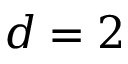
d = 2